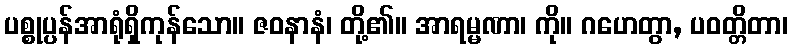
ပစ္စုပ္ပန်အာရုံရှိကုန်သော။ ဇဝနာနံ၊ တို့၏။ အာရမ္မဏာ၊ ကို။ ဂဟေတွာ, ပဝတ္တိတာ၊